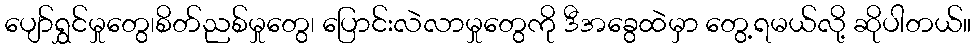
ပျော်ရွှင်မှုတွေ၊စိတ်ညစ်မှုတွေ၊ ပြောင်းလဲလာမှုတွေကို ဒီအခွေထဲမှာ တွေ့ရမယ်လို့ ဆိုပါတယ်။